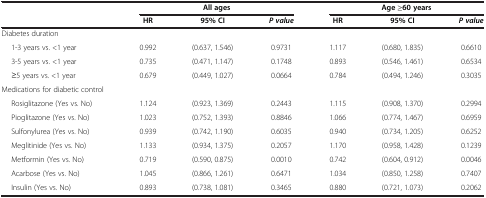
<table><thead><tr><td rowspan="2"><b> </b></td><td colspan="3"><b>All ages</b></td><td colspan="3"><b>Age ≥60 years</b></td></tr><tr><td><b>HR</b></td><td><b>95% CI</b></td><td><b><i>P value</i></b></td><td><b>HR</b></td><td><b>95% CI</b></td><td><b><i>P value</i></b></td></tr></thead><tbody><tr><td>Diabetes duration</td><td> </td><td> </td><td> </td><td> </td><td> </td><td> </td></tr><tr><td>1-3 years vs. &lt;1 year</td><td>0.992</td><td>(0.637, 1.546)</td><td>0.9731</td><td>1.117</td><td>(0.680, 1.835)</td><td>0.6610</td></tr><tr><td>3-5 years vs. &lt;1 year</td><td>0.735</td><td>(0.471, 1.147)</td><td>0.1748</td><td>0.893</td><td>(0.546, 1.461)</td><td>0.6534</td></tr><tr><td>≥5 years vs. &lt;1 year</td><td>0.679</td><td>(0.449, 1.027)</td><td>0.0664</td><td>0.784</td><td>(0.494, 1.246)</td><td>0.3035</td></tr><tr><td>Medications for diabetic control</td><td> </td><td> </td><td> </td><td> </td><td> </td><td> </td></tr><tr><td>Rosiglitazone (Yes vs. No)</td><td>1.124</td><td>(0.923, 1.369)</td><td>0.2443</td><td>1.115</td><td>(0.908, 1.370)</td><td>0.2994</td></tr><tr><td>Pioglitazone (Yes vs. No)</td><td>1.023</td><td>(0.752, 1.393)</td><td>0.8846</td><td>1.066</td><td>(0.774, 1.467)</td><td>0.6959</td></tr><tr><td>Sulfonylurea (Yes vs. No)</td><td>0.939</td><td>(0.742, 1.190)</td><td>0.6035</td><td>0.940</td><td>(0.734, 1.205)</td><td>0.6252</td></tr><tr><td>Meglitinide (Yes vs. No)</td><td>1.133</td><td>(0.934, 1.375)</td><td>0.2057</td><td>1.170</td><td>(0.958, 1.428)</td><td>0.1239</td></tr><tr><td>Metformin (Yes vs. No)</td><td>0.719</td><td>(0.590, 0.875)</td><td>0.0010</td><td>0.742</td><td>(0.604, 0.912)</td><td>0.0046</td></tr><tr><td>Acarbose (Yes vs. No)</td><td>1.045</td><td>(0.866, 1.261)</td><td>0.6471</td><td>1.034</td><td>(0.850, 1.258)</td><td>0.7407</td></tr><tr><td>Insulin (Yes vs. No)</td><td>0.893</td><td>(0.738, 1.081)</td><td>0.3465</td><td>0.880</td><td>(0.721, 1.073)</td><td>0.2062</td></tr></tbody></table>